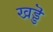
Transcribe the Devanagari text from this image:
खड्डॆ